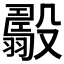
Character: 𣫟